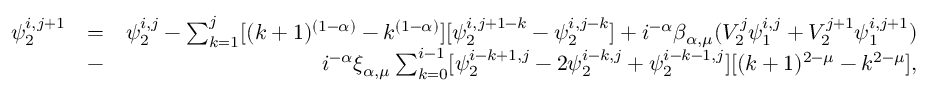
\begin{array} { r l r } { \psi _ { 2 } ^ { i , j + 1 } } & { = } & { \psi _ { 2 } ^ { i , j } - \sum _ { k = 1 } ^ { j } [ ( k + 1 ) ^ { ( 1 - \alpha ) } - k ^ { ( 1 - \alpha ) } ] [ \psi _ { 2 } ^ { i , j + 1 - k } - \psi _ { 2 } ^ { i , j - k } ] + i ^ { - \alpha } \beta _ { \alpha , \mu } ( V _ { 2 } ^ { j } \psi _ { 1 } ^ { i , j } + V _ { 2 } ^ { j + 1 } \psi _ { 1 } ^ { i , j + 1 } ) } \\ & { - } & { i ^ { - \alpha } \xi _ { \alpha , \mu } \sum _ { k = 0 } ^ { i - 1 } [ \psi _ { 2 } ^ { i - k + 1 , j } - 2 \psi _ { 2 } ^ { i - k , j } + \psi _ { 2 } ^ { i - k - 1 , j } ] [ ( k + 1 ) ^ { 2 - \mu } - k ^ { 2 - \mu } ] , } \end{array}